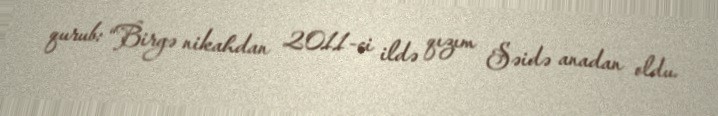
qurub: “Birgə nikahdan 2011-ci ildə qızım Səidə anadan oldu.